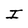
Character: I